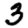
Digit: 3